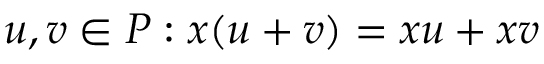
u , v \in P : x ( u + v ) = x u + x v